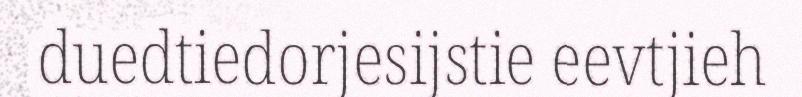
duedtiedorjesijstie eevtjieh